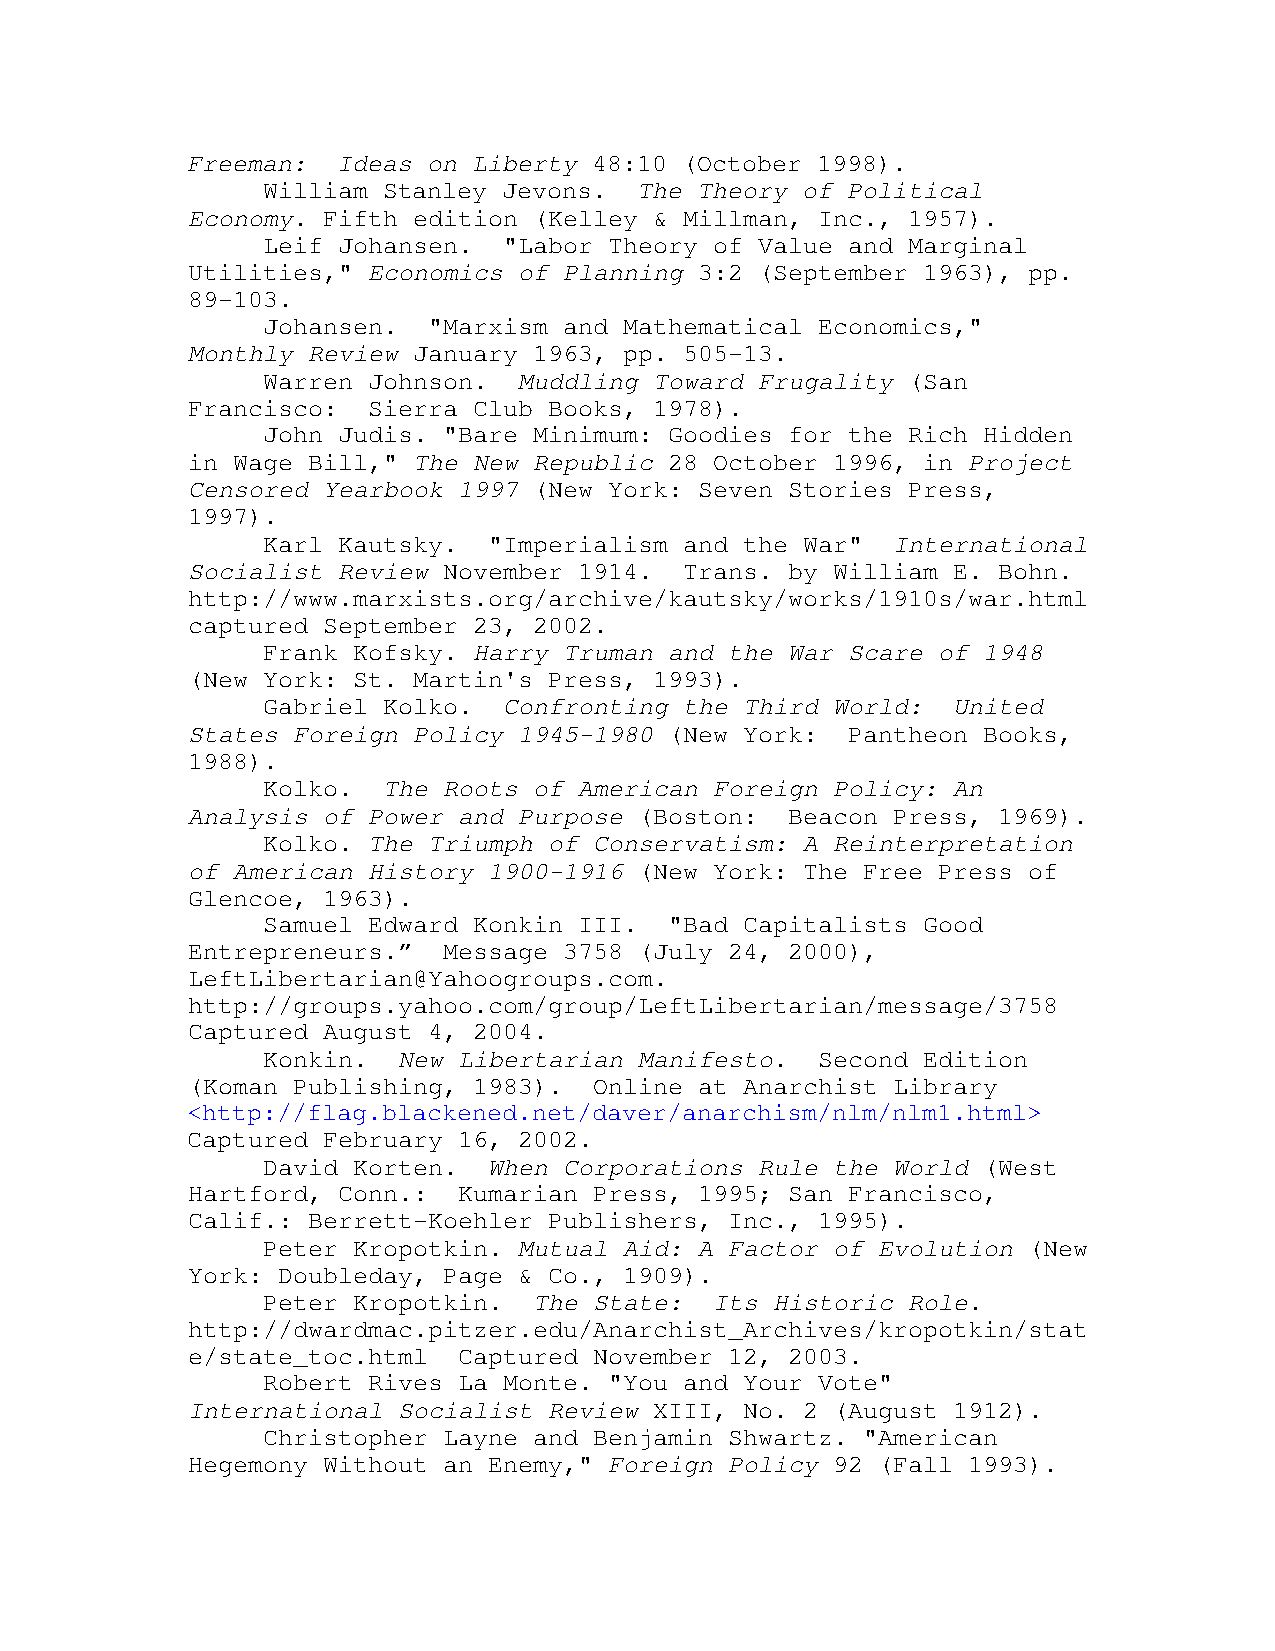
Freeman:  Ideas on Liberty 48:10 (October 1998).
 William Stanley Jevons.  The Theory of Political
 Economy. Fifth edition (Kelley & Millman, Inc., 1957).
 Leif Johansen.  "Labor Theory of Value and Marginal
 Utilities," Economics of Planning 3:2 (September 1963), pp.
 89-103.
 Johansen.  "Marxism and Mathematical Economics,"
 Monthly Review January 1963, pp. 505-13.
 Warren Johnson.  Muddling Toward Frugality (San
 Francisco:  Sierra Club Books, 1978).
 John Judis. "Bare Minimum: Goodies for the Rich Hidden
 in Wage Bill," The New Republic 28 October 1996, in Project
 Censored Yearbook 1997 (New York: Seven Stories Press,
 1997).
 Karl Kautsky.  "Imperialism and the War"  International
 Socialist Review November 1914.  Trans. by William E. Bohn.
 http://www.marxists.org/archive/kautsky/works/1910s/war.html
 captured September 23, 2002.
 Frank Kofsky. Harry Truman and the War Scare of 1948
 (New York: St. Martin's Press, 1993).
 Gabriel Kolko.  Confronting the Third World:  United
 States Foreign Policy 1945-1980 (New York:  Pantheon Books,
 1988).
 Kolko.  The Roots of American Foreign Policy: An
 Analysis of Power and Purpose (Boston:  Beacon Press, 1969).
 Kolko. The Triumph of Conservatism: A Reinterpretation
 of American History 1900-1916 (New York: The Free Press of
 Glencoe, 1963).
 Samuel Edward Konkin III.  "Bad Capitalists Good
 Entrepreneurs.”  Message 3758 (July 24, 2000),
 LeftLibertarian@Yahoogroups.com.
 http://groups.yahoo.com/group/LeftLibertarian/message/3758
 Captured August 4, 2004.
 Konkin.  New Libertarian Manifesto.  Second Edition
 (Koman Publishing, 1983).  Online at Anarchist Library
 <http://flag.blackened.net/daver/anarchism/nlm/nlm1.html>
 Captured February 16, 2002.
 David Korten.  When Corporations Rule the World (West
 Hartford, Conn.:  Kumarian Press, 1995; San Francisco,
 Calif.: Berrett-Koehler Publishers, Inc., 1995).
 Peter Kropotkin. Mutual Aid: A Factor of Evolution (New
 York: Doubleday, Page & Co., 1909).
 Peter Kropotkin.  The State:  Its Historic Role.
 http://dwardmac.pitzer.edu/Anarchist_Archives/kropotkin/stat
 e/state_toc.html  Captured November 12, 2003.
 Robert Rives La Monte. "You and Your Vote"
 International Socialist Review XIII, No. 2 (August 1912).
 Christopher Layne and Benjamin Shwartz. "American
 Hegemony Without an Enemy," Foreign Policy 92 (Fall 1993).